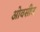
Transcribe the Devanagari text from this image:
ओवसीज